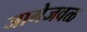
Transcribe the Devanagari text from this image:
जागेजवळ